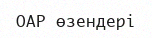
ОАР өзендері